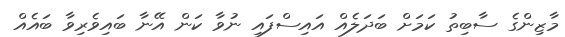
މާޒިންގެ ސާބިތު ކަމަށް ބަދަލެއް އައިސްފައި ނުވާ ކަން އޭނާ ބައިވެރިވާ ބައެއް